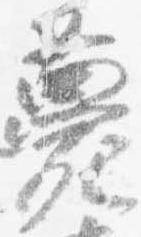
薨